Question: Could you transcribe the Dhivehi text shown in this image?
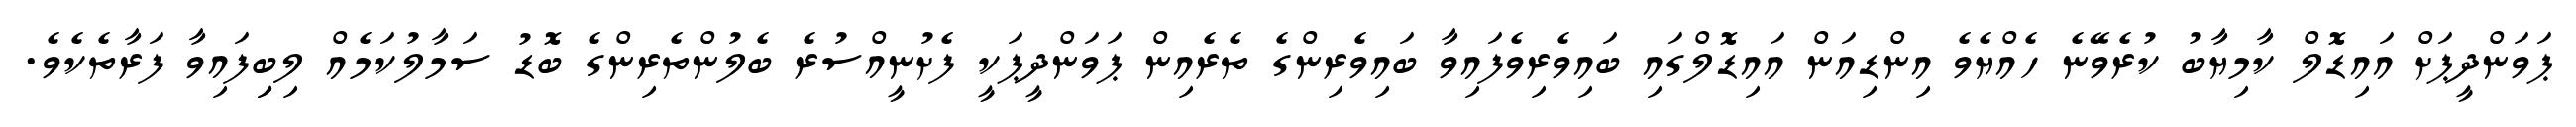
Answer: ޕަވަންދީޕަށް އައިޑޮލް ކާމިޔާބު ކުރެވޭނެ ހެއްޔެވެ އިންޑިއަން އައިޑޮލްގައި ބައިވެރިވެފައިވާ ބައިވެރިންގެ ތެރެއިން ޕަވަންދީޕަކީ ފެށުނީއްސުރެ ބެލުންތެރިންގެ ބޮޑު ސަމާލުކަމެއް ލިބިިފައިވާ ފަރާތެކެވެ.